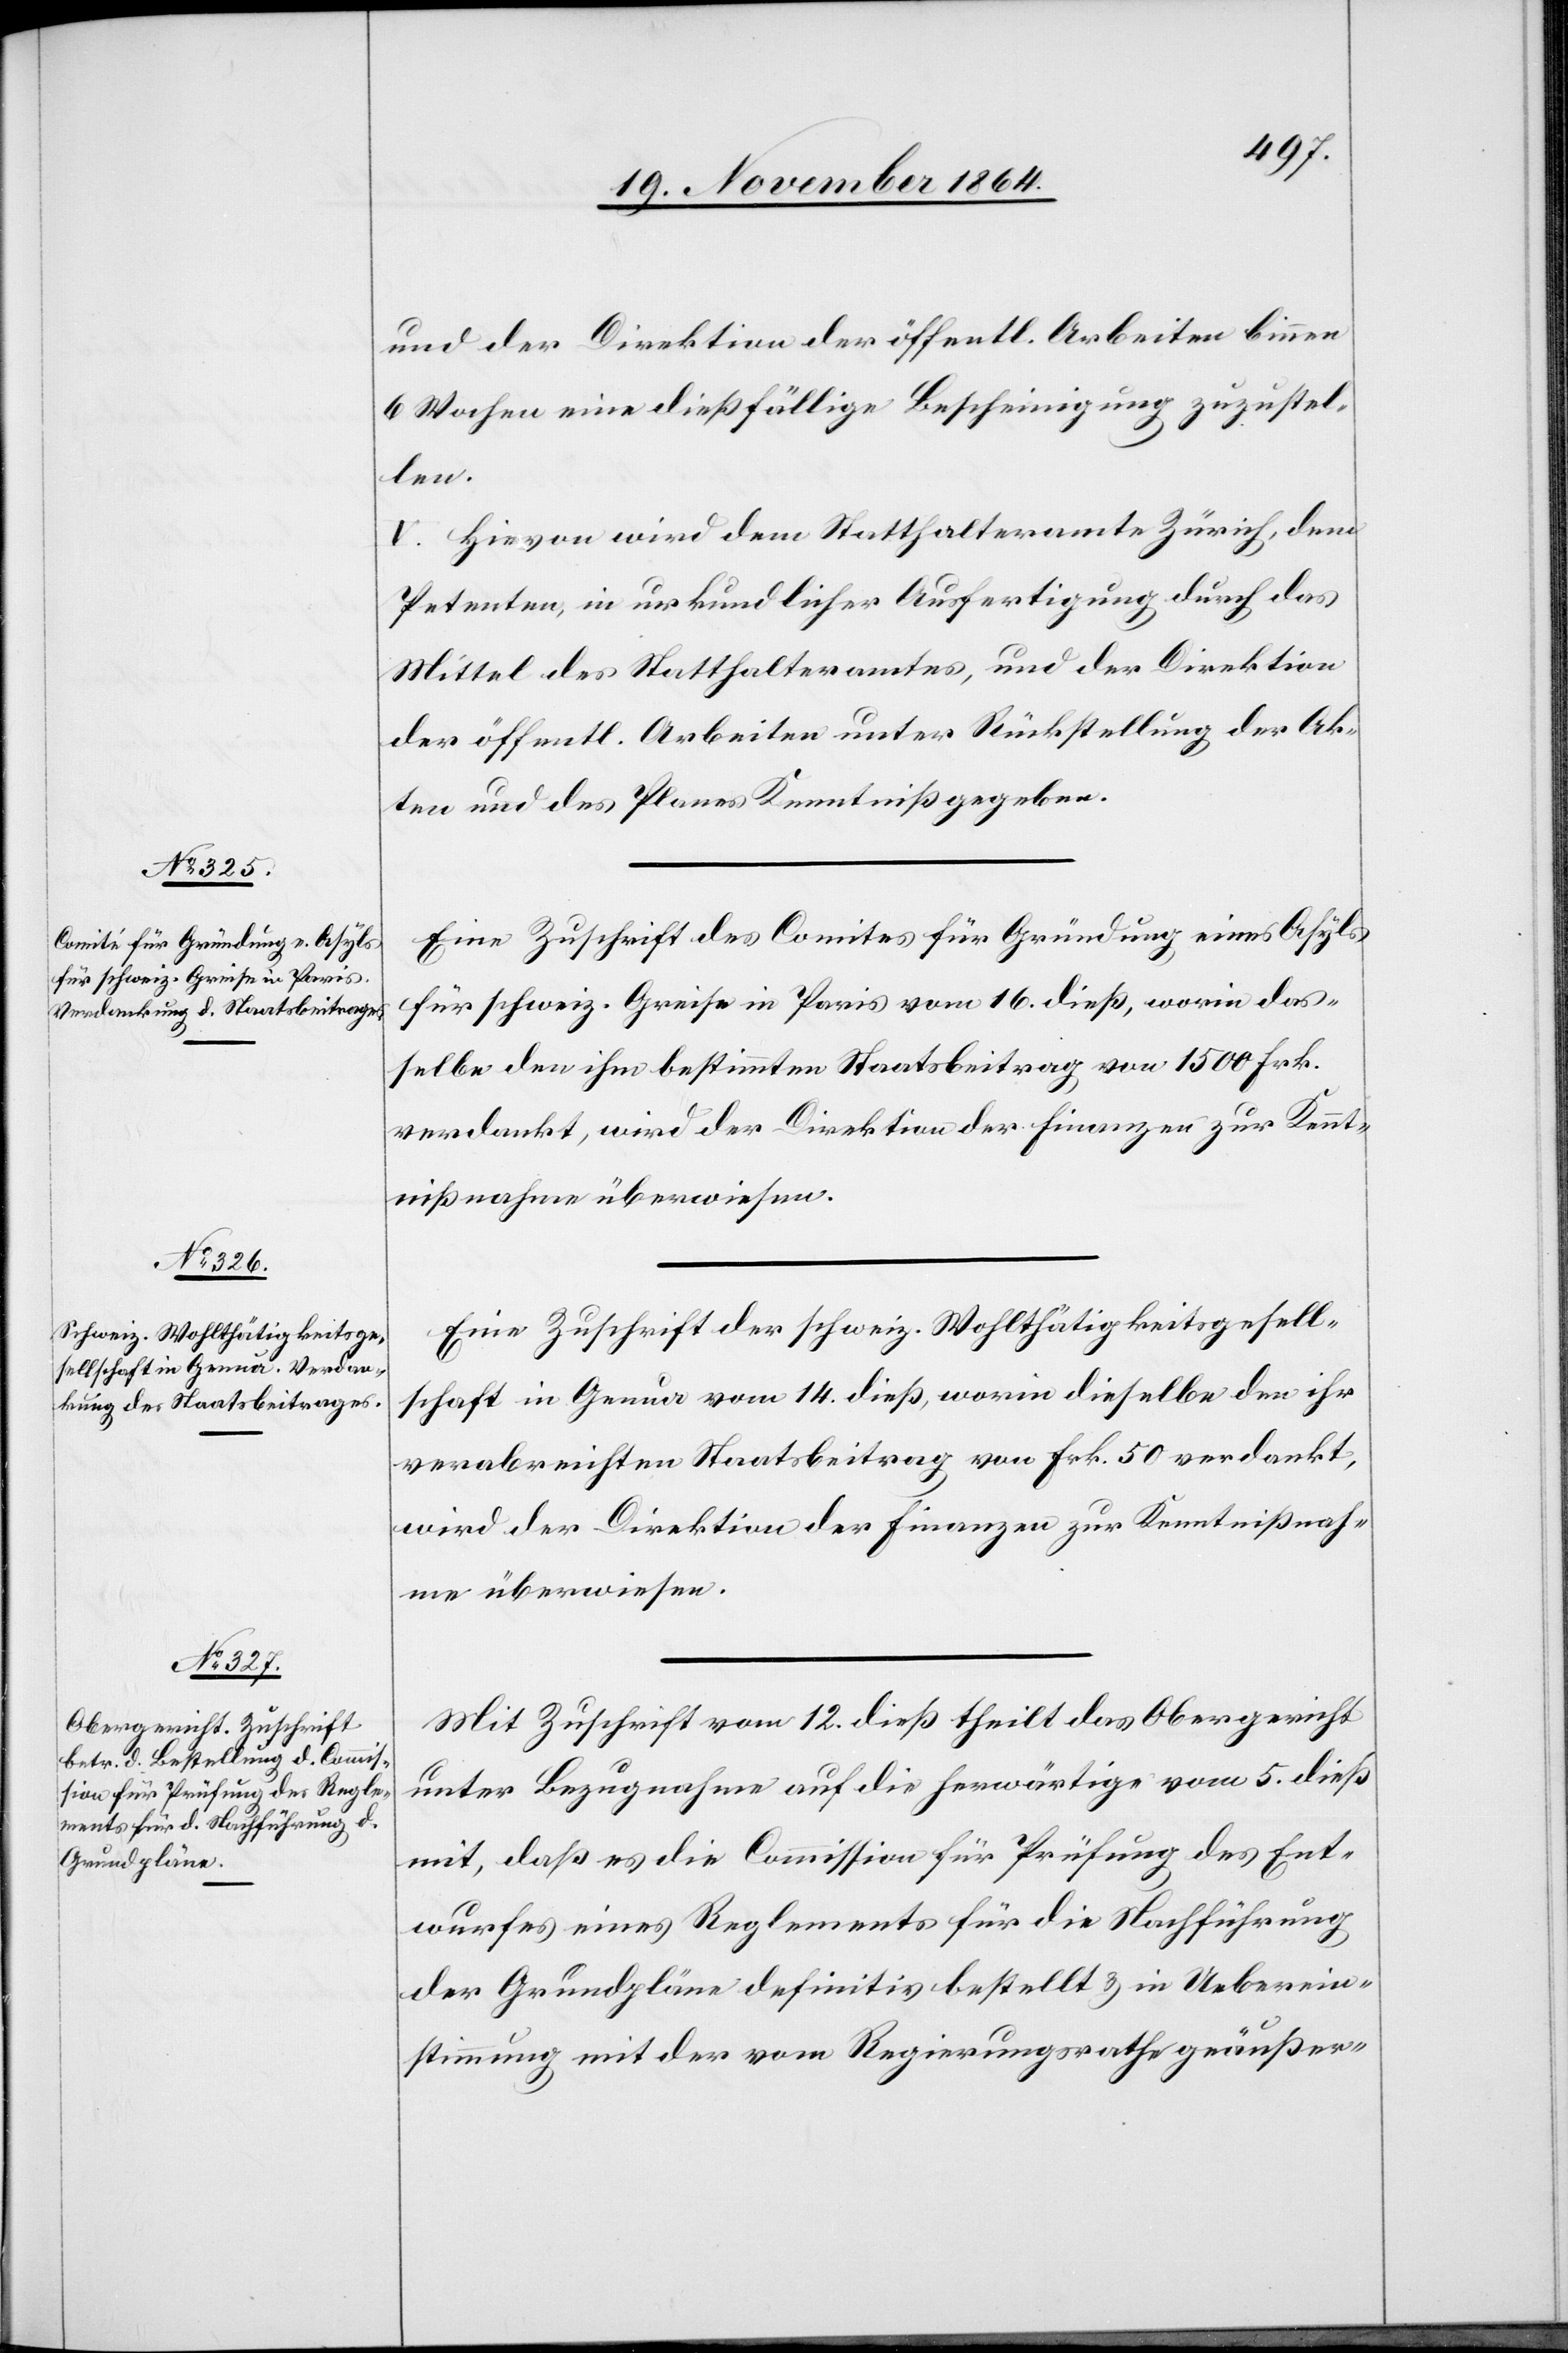
und der Direktion der öffentl. Arbeiten binnen
6 Wochen eine dießfällige Bescheinigung zuzustel¬
len.
V. Hievon wird dem Statthalteramte Zürich, dem
Petenten in urkundlicher Ausfertigung durch das
Mittel des Statthalteramtes, und der Direktion
der öffentl. Arbeiten unter Rückstellung der Ak¬
ten und des Planes Kenntniß gegeben.
Eine Zuschrift des Comites für Gründung eines Asyls
für schweiz. Greise in Paris vom 16. dieß, worin dies¬
elbe den ihr bestimmten Staatsbeitrag von 1500 Frk.
verdankt, wird der Direktion der Finanzen zur Kennt¬
nißnahme überwiesen.
Eine Zuschrift der schweiz. Wohlthätigkeitsgesell¬
schaft in Genua vom 14. dieß, worin dieselbe den ihr
verabreichten Staatsbeitrag von Frk. 50 verdankt,
wird der Direktion der Finanzen zur Kenntnißnah¬
me überwiesen.
Mit Zuschrift vom 12. dieß theilt das Obergericht
unter Bezugnahme auf die herwärtige vom 5. dieß
mit, daß es die Commission für Prüfung des Ent¬
wurfes eines Reglements für die Nachführung
der Grundpläne definitiv bestellt & in Ueberein¬
stimmung mit der vom Regierungsrathe geäußer-